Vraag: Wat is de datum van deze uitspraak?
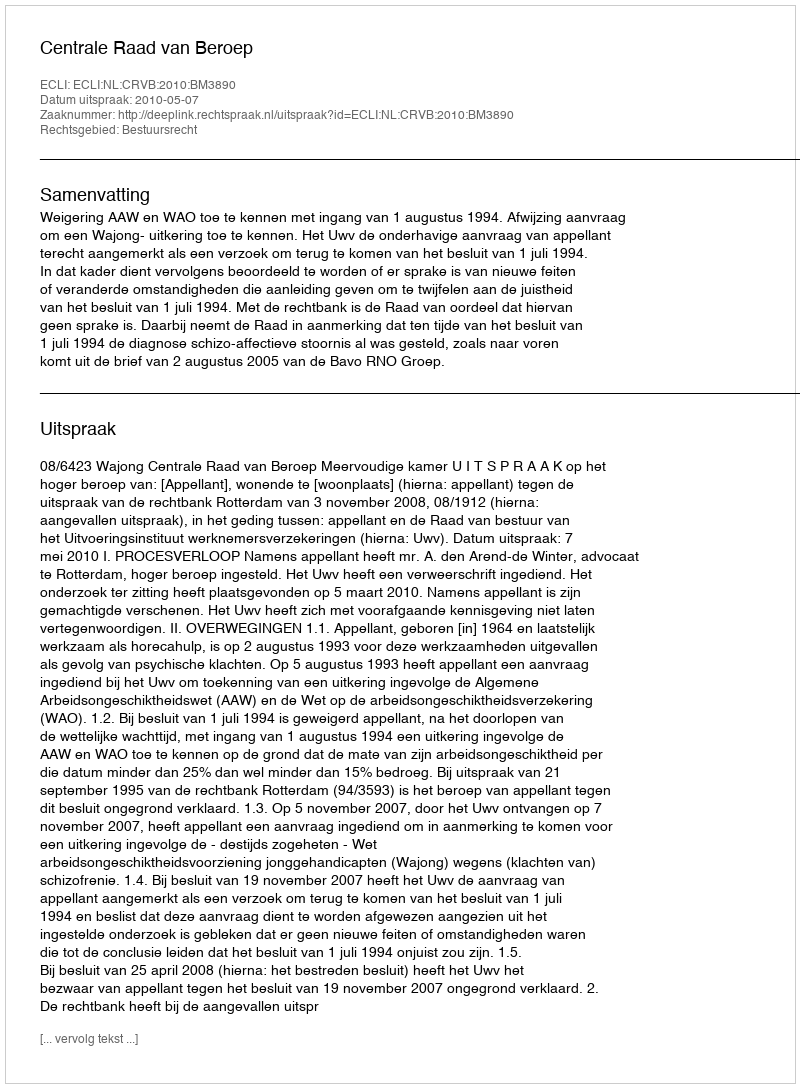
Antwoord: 2010-05-07